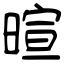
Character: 暄